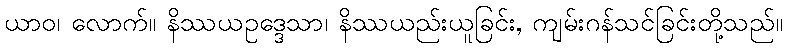
ယာဝ၊ လောက်။ နိဿယဥဒ္ဒေသာ၊ နိဿယည်းယူခြင်း, ကျမ်းဂန်သင်ခြင်းတို့သည်။